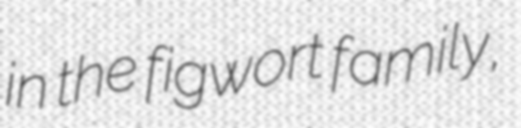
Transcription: in the figwort family,